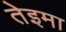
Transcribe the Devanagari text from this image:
तेइमा